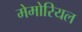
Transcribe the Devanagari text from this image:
मेमोरियल